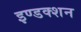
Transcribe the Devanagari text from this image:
इण्डक्शन